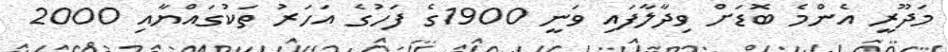
މަދޫރީ އެންމެ ބޮޑަށް ވިދާލާފައި ވަނީ 1900ގެ ފަހުގެ އަހަރު ތަކުގައްޔާއި 2000